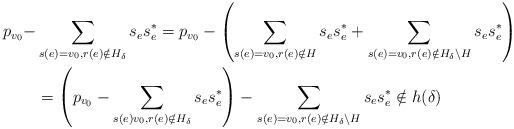
LaTeX: \begin{align*}p_{v_0} - &\sum_{s(e) =v_0, r(e) \notin H_\delta} s_es_e^* = p_{v_0} - \left( \sum_{s(e)= v_0, r(e) \notin H} s_es_e^* + \sum_{s(e) = v_0, r(e) \notin H_\delta \setminus H} s_es_e^* \right)\\& = \left(p_{v_0} - \sum_{s(e)v_0, r(e) \notin H_\delta} s_es_e^* \right) - \sum_{s(e) = v_0, r(e) \notin H_\delta \setminus H} s_es_e^* \notin h(\delta) \\\end{align*}